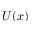
U ( x )